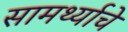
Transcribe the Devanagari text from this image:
सामर्थ्याचे